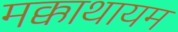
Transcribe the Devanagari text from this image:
मक्काथायम